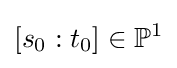
[s_{0}:t_{0}]\in \mathbb {P} ^{1}